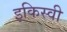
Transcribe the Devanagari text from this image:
इकिस्वी